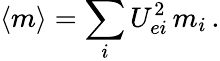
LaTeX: \langle{m}\rangle=\sum_{i}U_{ei}^{2}\, m_{i}\, .